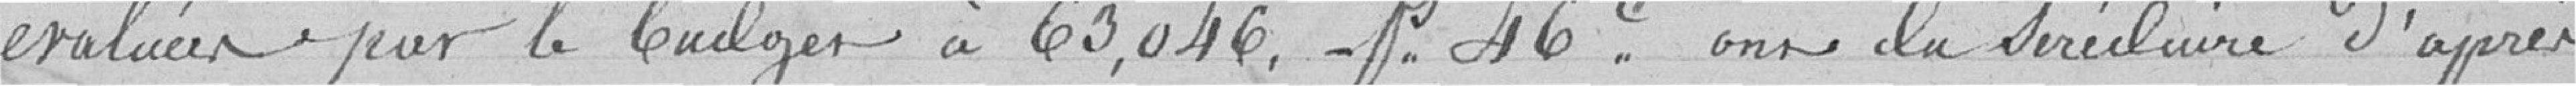
évaluées par le budget à 63 046 francs 46 centimes on ne la se réduire d'après